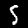
Digit: 5